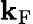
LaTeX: \mathbf{k}_{\mathrm{{{F}}}}